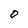
Character: O